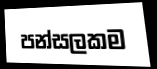
පන්සලකම